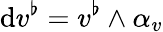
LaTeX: \mathrm{d}v^{\flat}=v^{\flat}\wedge\alpha_{v}